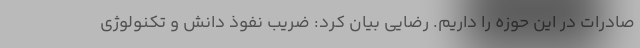
صادرات در این حوزه را داریم. رضایی بیان کرد: ضریب نفوذ دانش و تکنولوژی